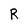
Character: R